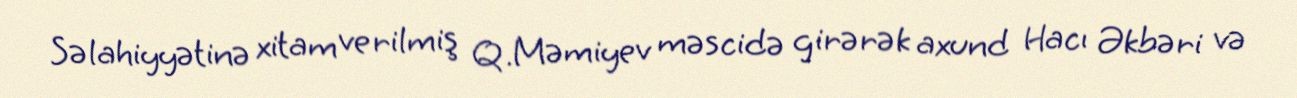
Səlahiyyətinə xitam verilmiş Q.Məmiyev məscidə girərək axund Hacı Əkbəri və